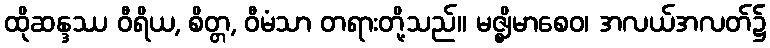
ထိုဆန္ဒဿ ဝီရိယ, စိတ္တ, ဝီမံသာ တရားတို့သည်။ မဇ္ဈိမာစေဝ၊ အလယ်အလတ်၌